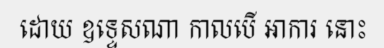
ដោយ ឧទ្ទេសណា កាលបើ អាការ នោះ